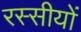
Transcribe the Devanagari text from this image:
रस्सीयों